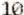
10